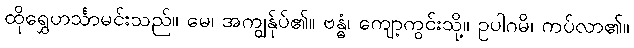
ထိုရွှေဟင်္သာမင်းသည်။ မေ၊ အကျွန်ုပ်၏။ ဗန္ဓံ၊ ကျော့ကွင်းသို့။ ဥပါဂမိ၊ ကပ်လာ၏။